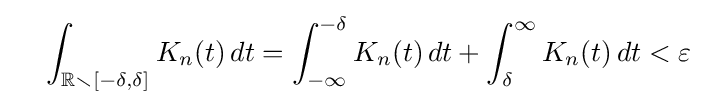
{}\quad \int _{\mathbb {R} \smallsetminus [-\delta ,\delta ]}K_{n}(t)\,dt=\int _{-\infty }^{-\delta }K_{n}(t)\,dt+\int _{\delta }^{\infty }K_{n}(t)\,dt<\varepsilon